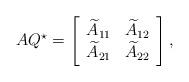
LaTeX: \begin{align*}AQ^\star=\left[\begin{array}{cc}\widetilde A_{11}&\widetilde A_{12}\\\widetilde A_{21}&\widetilde A_{22}\end{array}\right],\end{align*}